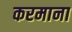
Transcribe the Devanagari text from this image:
करमाना